Annual report of the Punjab Veterinary College and of the Civil Veterinary Department, Punjab - 1909-1919
Year: 1909
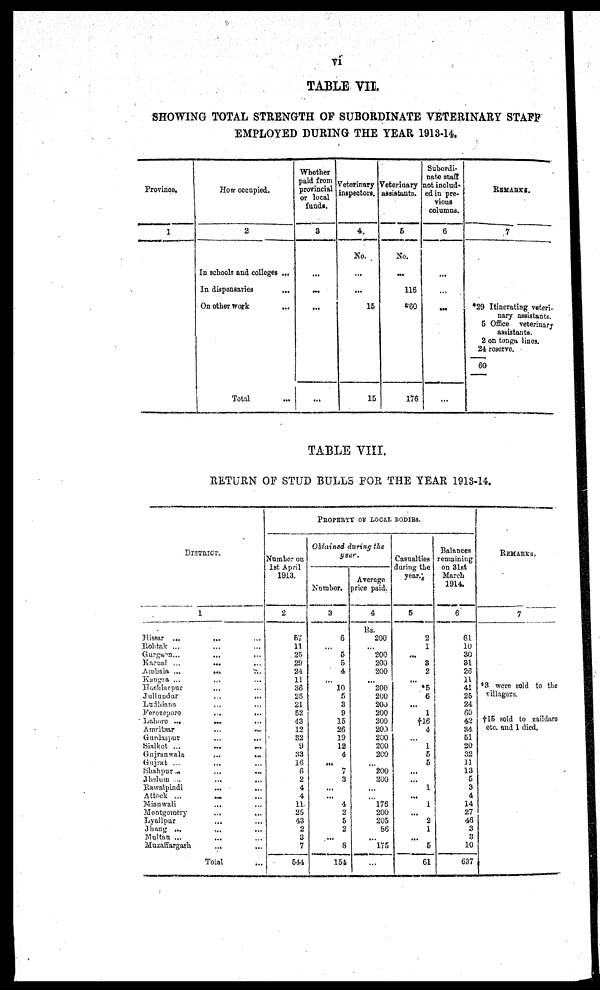
vi
TABLE VII.
SHOWING TOTAL STRENGTH OF SUBORDINATE VETERINARY STAFF
EMPLOYED DURING THE YEAR 1913-14.
Province.
1
How occupied.
2
In schools and colleges ...
In dispensaries
...
On other work ...
Total ...
Whether
paid from
provincial
or local
funds.
8
...
...
...
...
Veterinary
inspectors.
4.
No.
...
...
15
15
Veterinary
assistants.
6
No.
...
116
60
176
Subordi-
nate staff
not includ-
ed in pre-
vious
columns.
6
...
...
...
...
REMARKS.
7
*29 Itinerating veteri-
nary assistants.
5 Office
veterinary
assistants.
2 on tonga lines.
24 reserve.
60
TABLE VIII.
RETURN OF STUD BULLS FOR THE YEAR 1913-14.
DISTRICT.
1
Hissar
...
... ... ... ...
Rohtak ... ... ...
Gurgaon ... ... ... ... ... ...
Karnal
...
...
...
...
...
...
Ambala ... ... ... ...
Kangra ... ... ... ... ...
Hoshiarpur ... ... ... ... ...
Jullundur ... ... ... ... ...
Ludhiana ... ... ... ... ...
Ferozepore ... ... ... ... ...
Lahore ...
...
...
Amritsar
... ... ... ... ...
Gundaspur ... ... ... ... ...
Sialkot ...
...
... ... ...
Gujranwala
... ... ... ... ... ...
Gujrat ... ... ... ... ...
Shahpur...
...
... ... ... ... ...
Jhelum ...
... ... ... ...
Rawalpindi
...
Attock ... ... ... ... ... ...
Mianwali ... ... ... ...
Montgomery ... ... ...
Lyallpur
... ... ... ... ...
Jhang ... ... ... ... ... ...
Multan ... ... ... ...
Muzaffargarh ... ... ... ... ...
Tolal ... ... ... ...
PROPERTY OF LOCAL BODIES.
Number on
1st April
1913.
2
--
11
25
29
24
11
36
28
21
52
43
12
32
9
33
16
6
2
4
4
11
26
43
2
3
7
544
Obtained during the
year.
Number.
3
6
...
5
5
4
...
10
5
3
9
16
26
19
12
4
...
7
3
...
...
4
2
5
2
...
8
154
Average
price paid.
4
Rs.
200
...
200
200
200
...
200
200
200
200
200
200
200
200
200
...
200
200
...
...
176
200
205
86
...
175
...
Casualties
during the
year.
5
2
1
...
3
2
...
*5
6
...
1
†16
4
...
1
5
5
...
...
1
...
1
...
2
1
...
5
61
Balances
remaining
on 31st
March
1914.
6
61
10
30
31
26
11
41
25
24
60
42
34
51
20
32
11
13
5
3
4
14
27
46
3
3
10
637
REMARKS.
7
*3 were sold to the
villagers.
†15 sold to zaildare
etc. and 1 died,